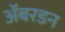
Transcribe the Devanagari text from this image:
ॲबरडन